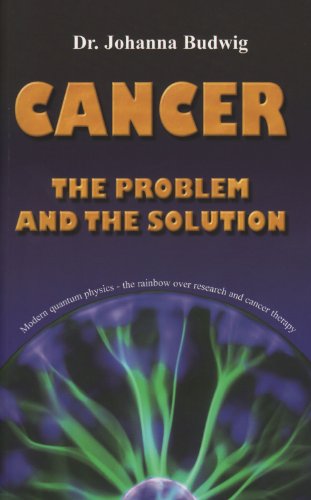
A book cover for Cancer - The Problem and the Solution; Johanna Budwig; Health, Fitness & Dieting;